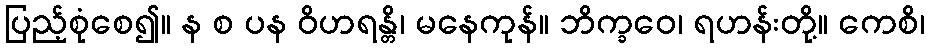
ပြည့်စုံစေ၍။ န စ ပန ဝိဟရန္တိ၊ မနေကုန်။ ဘိက္ခဝေ၊ ရဟန်းတို့။ ကေစိ၊